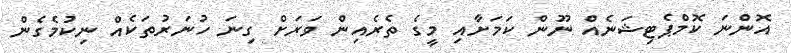
އޮންނަ ކޮމްޕެޓިޝަނެއް ނޫން ކަމަށާއި މީގެ ތެރެއިން ވަރަށް ގިނަ ހުނަރުތަކެއް ނިކުމެގެން